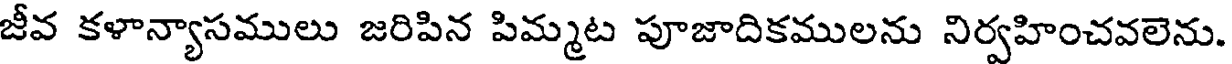
జీవ కళాన్యాసములు జరిపిన పిమ్మట పూజాదికములను నిర్వహించవలెను.